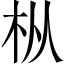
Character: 枞